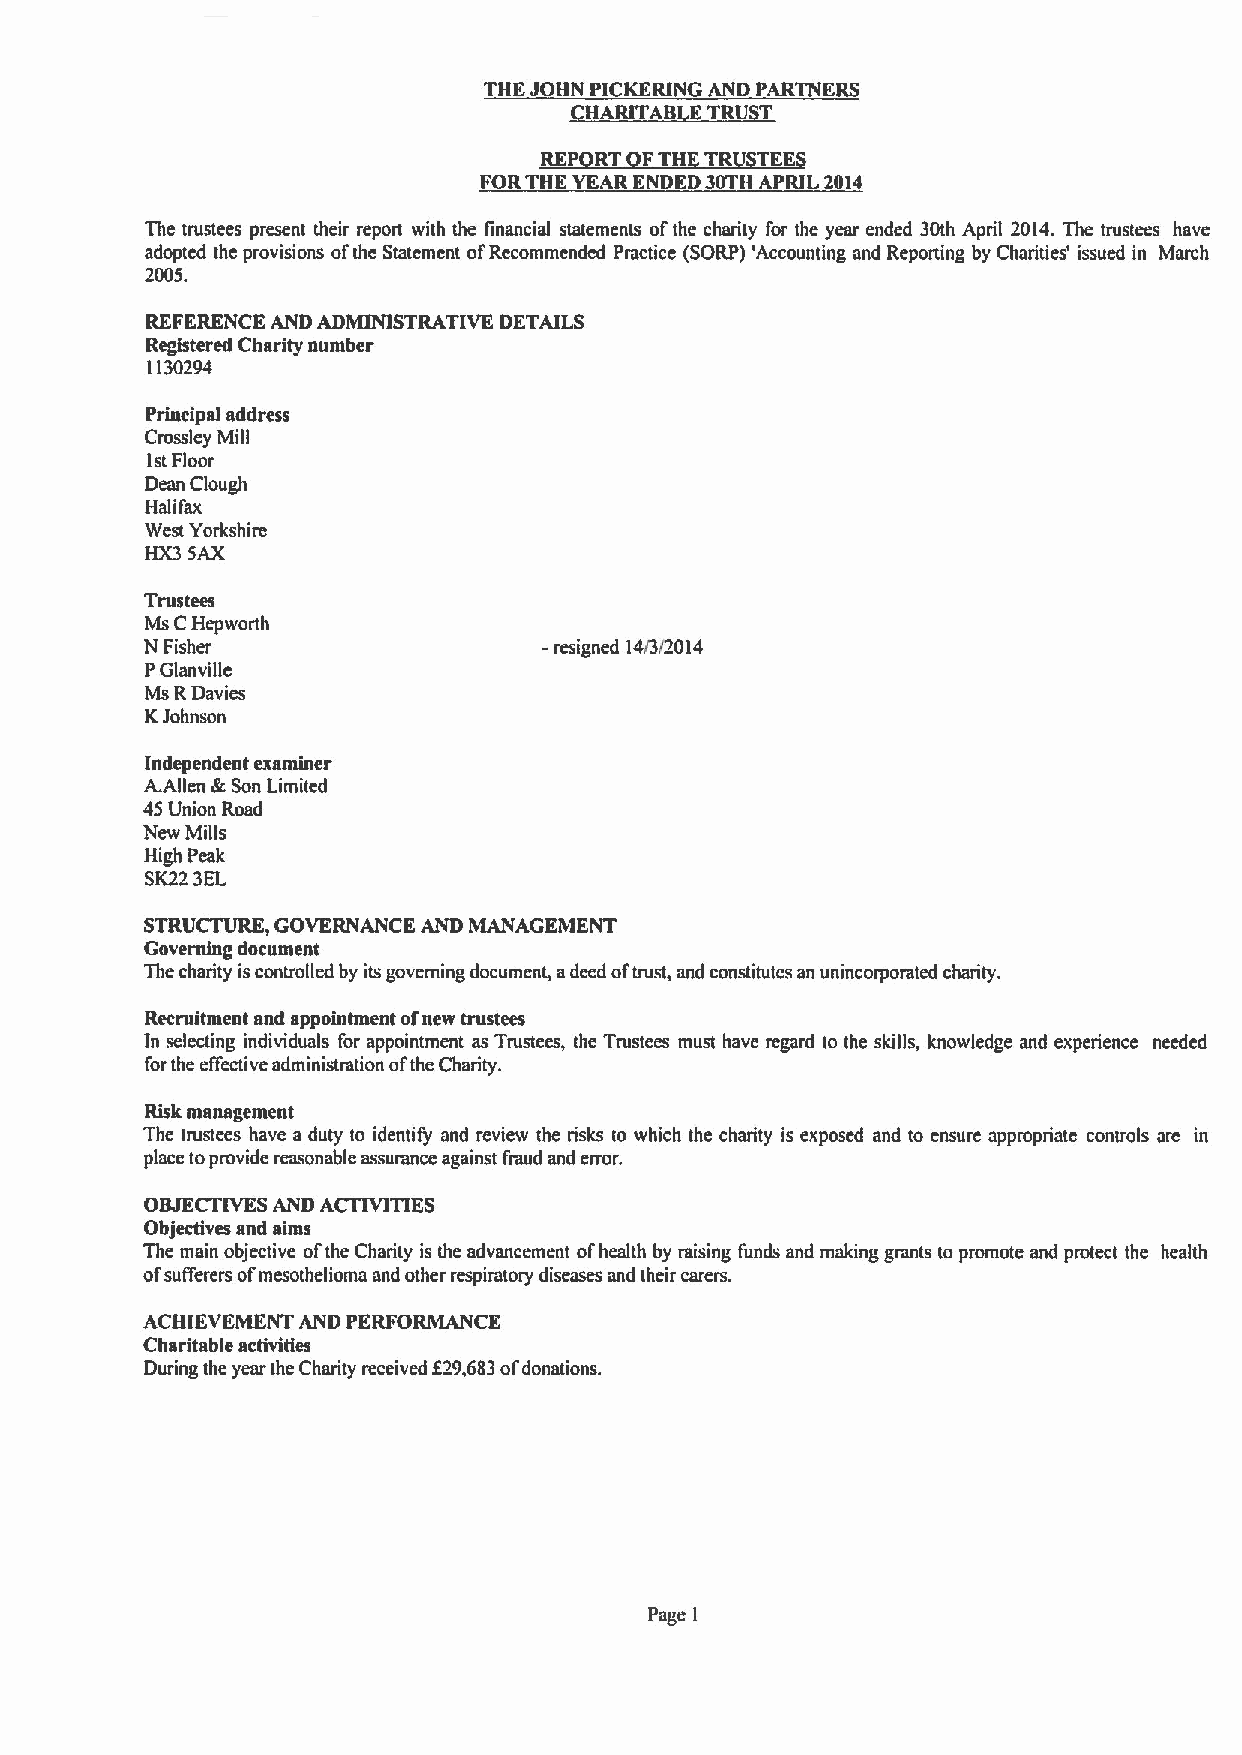
THEJOHN PICKKRING AND PARTNERS
 HARITAB ETRU T
 REP RT FTHKTRU TEK
 FORTHE YEAR ENDED 30TH APRIL 2014
 The trustees present their report with the financial statements ofthe charity for the year ended 30th April 2014.The trustees have
 adopted the provisions ofthe Statement ofRecommended Practice (SORP) 'Accounting and Reporting by Charities' issued in March
 2005.
 REFERENCE AND ADMINISTRATIVE DETAILS
 Registered Charity number
 1130294
 Principal address
 Crossley Mill
 1stFloor
 Dean Clough
 Halifax
 West Yorkshire
 HX3 SAX
 Trustees
 Ms CHepworth
 N Fisher                   resigned 14/3i2014
 PGlanville
 Ms RDavies
 KJohnson
 Independent examiner
 A.Allen &Son Limited
 45Union Road
 New Mills
 High Peak
 SK223EL
 STRUCTURE, GOVERNANCE AND MANAGEMENT
 Governing document
 The charity iscontrolled by its governing document, adeed oftrust, and constitutes an unincorporated charity.
 Recruitment and appointment ofnew trustees
 In selecting individuals for appointment as Trustees, the Trustees must have regard to the skills, knowledge and experience needed
 forthe effective administration ofthe Charity.
 Risk management
 The trustees have a duty to identify and review the risks to which the charity is exposed and to ensure appropriate controls are in
 place toprovide reasonable assurance against fraud and error.
 OBJECTIVESAND ACTIVITIES
 Objectives and aims
 The main objective ofthe Charity isthe advancement ofhealth by raising funds and making grants to promote and protect the health
 ofsufferers ofmesothelioma and other respiratory diseases and their carers.
 ACHIEVEMENT AND PERFORMANCE
 Charitable activities
 f
 During the year the Charity received 29,683ofdonations.
 Page 1